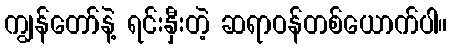
ကျွန်တော်နဲ့ ရင်းနှီးတဲ့ ဆရာဝန်တစ်ယောက်ပါ။